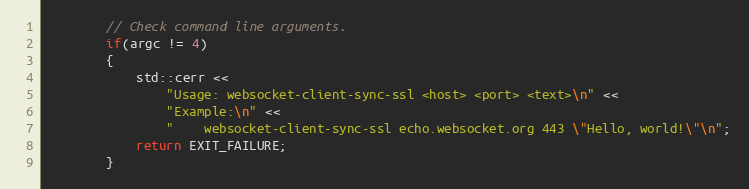
Language: C++
        // Check command line arguments.
        if(argc != 4)
        {
            std::cerr <<
                "Usage: websocket-client-sync-ssl <host> <port> <text>\n" <<
                "Example:\n" <<
                "    websocket-client-sync-ssl echo.websocket.org 443 \"Hello, world!\"\n";
            return EXIT_FAILURE;
        }